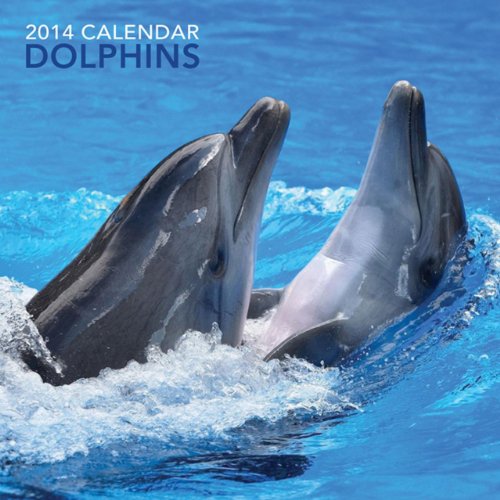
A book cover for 2014 Calendar: Dolphins: 12-Month Calendar Featuring Fabulous Photographs of Dolphins; Peony Press; Calendars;